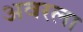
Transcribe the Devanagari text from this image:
अवरला